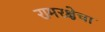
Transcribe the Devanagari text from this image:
रामरक्षेचा